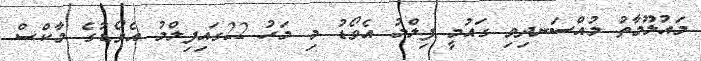
މައުލޫމާތު މުއްސަނދިވި ގައުމީ ފިލްމު އެވޯޑު މި މަހު 22ގައިފިލްމު އެވޯޑުގެ މާކްސް